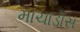
માચાડોસ